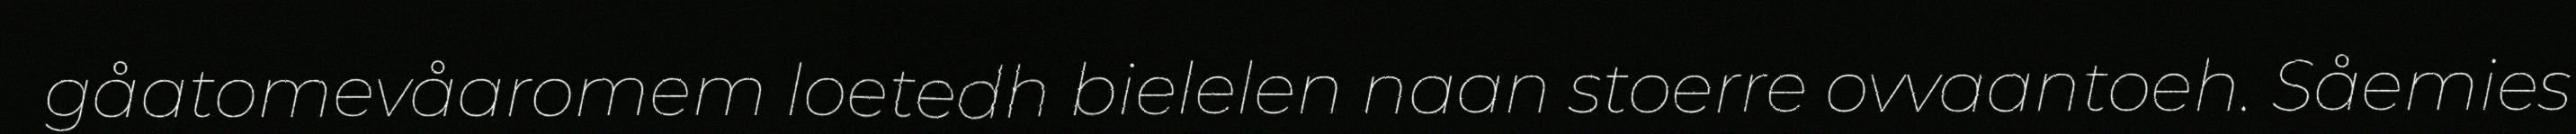
gåatomevåaromem loetedh bielelen naan stoerre ovvaantoeh. Såemies